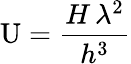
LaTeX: \mathrm{U}={\frac{H\, \lambda^{2}}{h^{3}}}